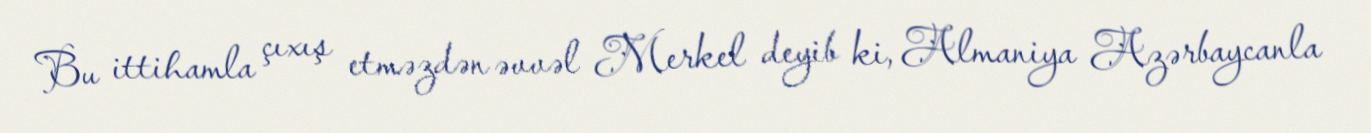
Bu ittihamla çıxış etməzdən əvvəl Merkel deyib ki, Almaniya Azərbaycanla